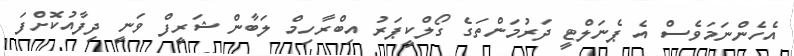
އެހެންނަމަވެސް އެ ޕެނަލްޓީ ދަރުމަންތަގެ ގޯލްކީޕަރު އިބްރާހިމް ލަބާން ޝަރީފް ވަނީ ދިފާއުކޮށްފަ